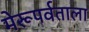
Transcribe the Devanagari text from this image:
मेरूपर्वताला